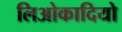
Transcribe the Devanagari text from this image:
लिओकादियो